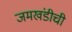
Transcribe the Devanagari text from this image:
जमखंडीची